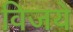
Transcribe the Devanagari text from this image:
विजये